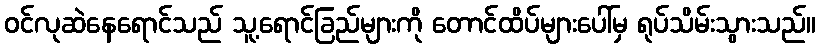
ဝင်လုဆဲနေရောင်သည် သူ့ရောင်ခြည်များကို တောင်ထိပ်များပေါ်မှ ရုပ်သိမ်းသွားသည်။